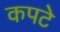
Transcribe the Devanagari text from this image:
कपटे